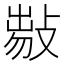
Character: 𢾈